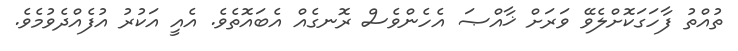
ތުއްތު ފާހަގަކޮށްލެވޭ ވަރަށް ޚާއްޞަ އެހެންވެސް ރޮނގެއް އެބައޮތެވެ. އެއީ އަކުރު އުފެއްދެވުމެވެ.